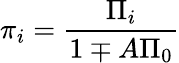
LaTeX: \pi_{i}=\frac{\Pi_{i}}{1\mp A\Pi_{0}}